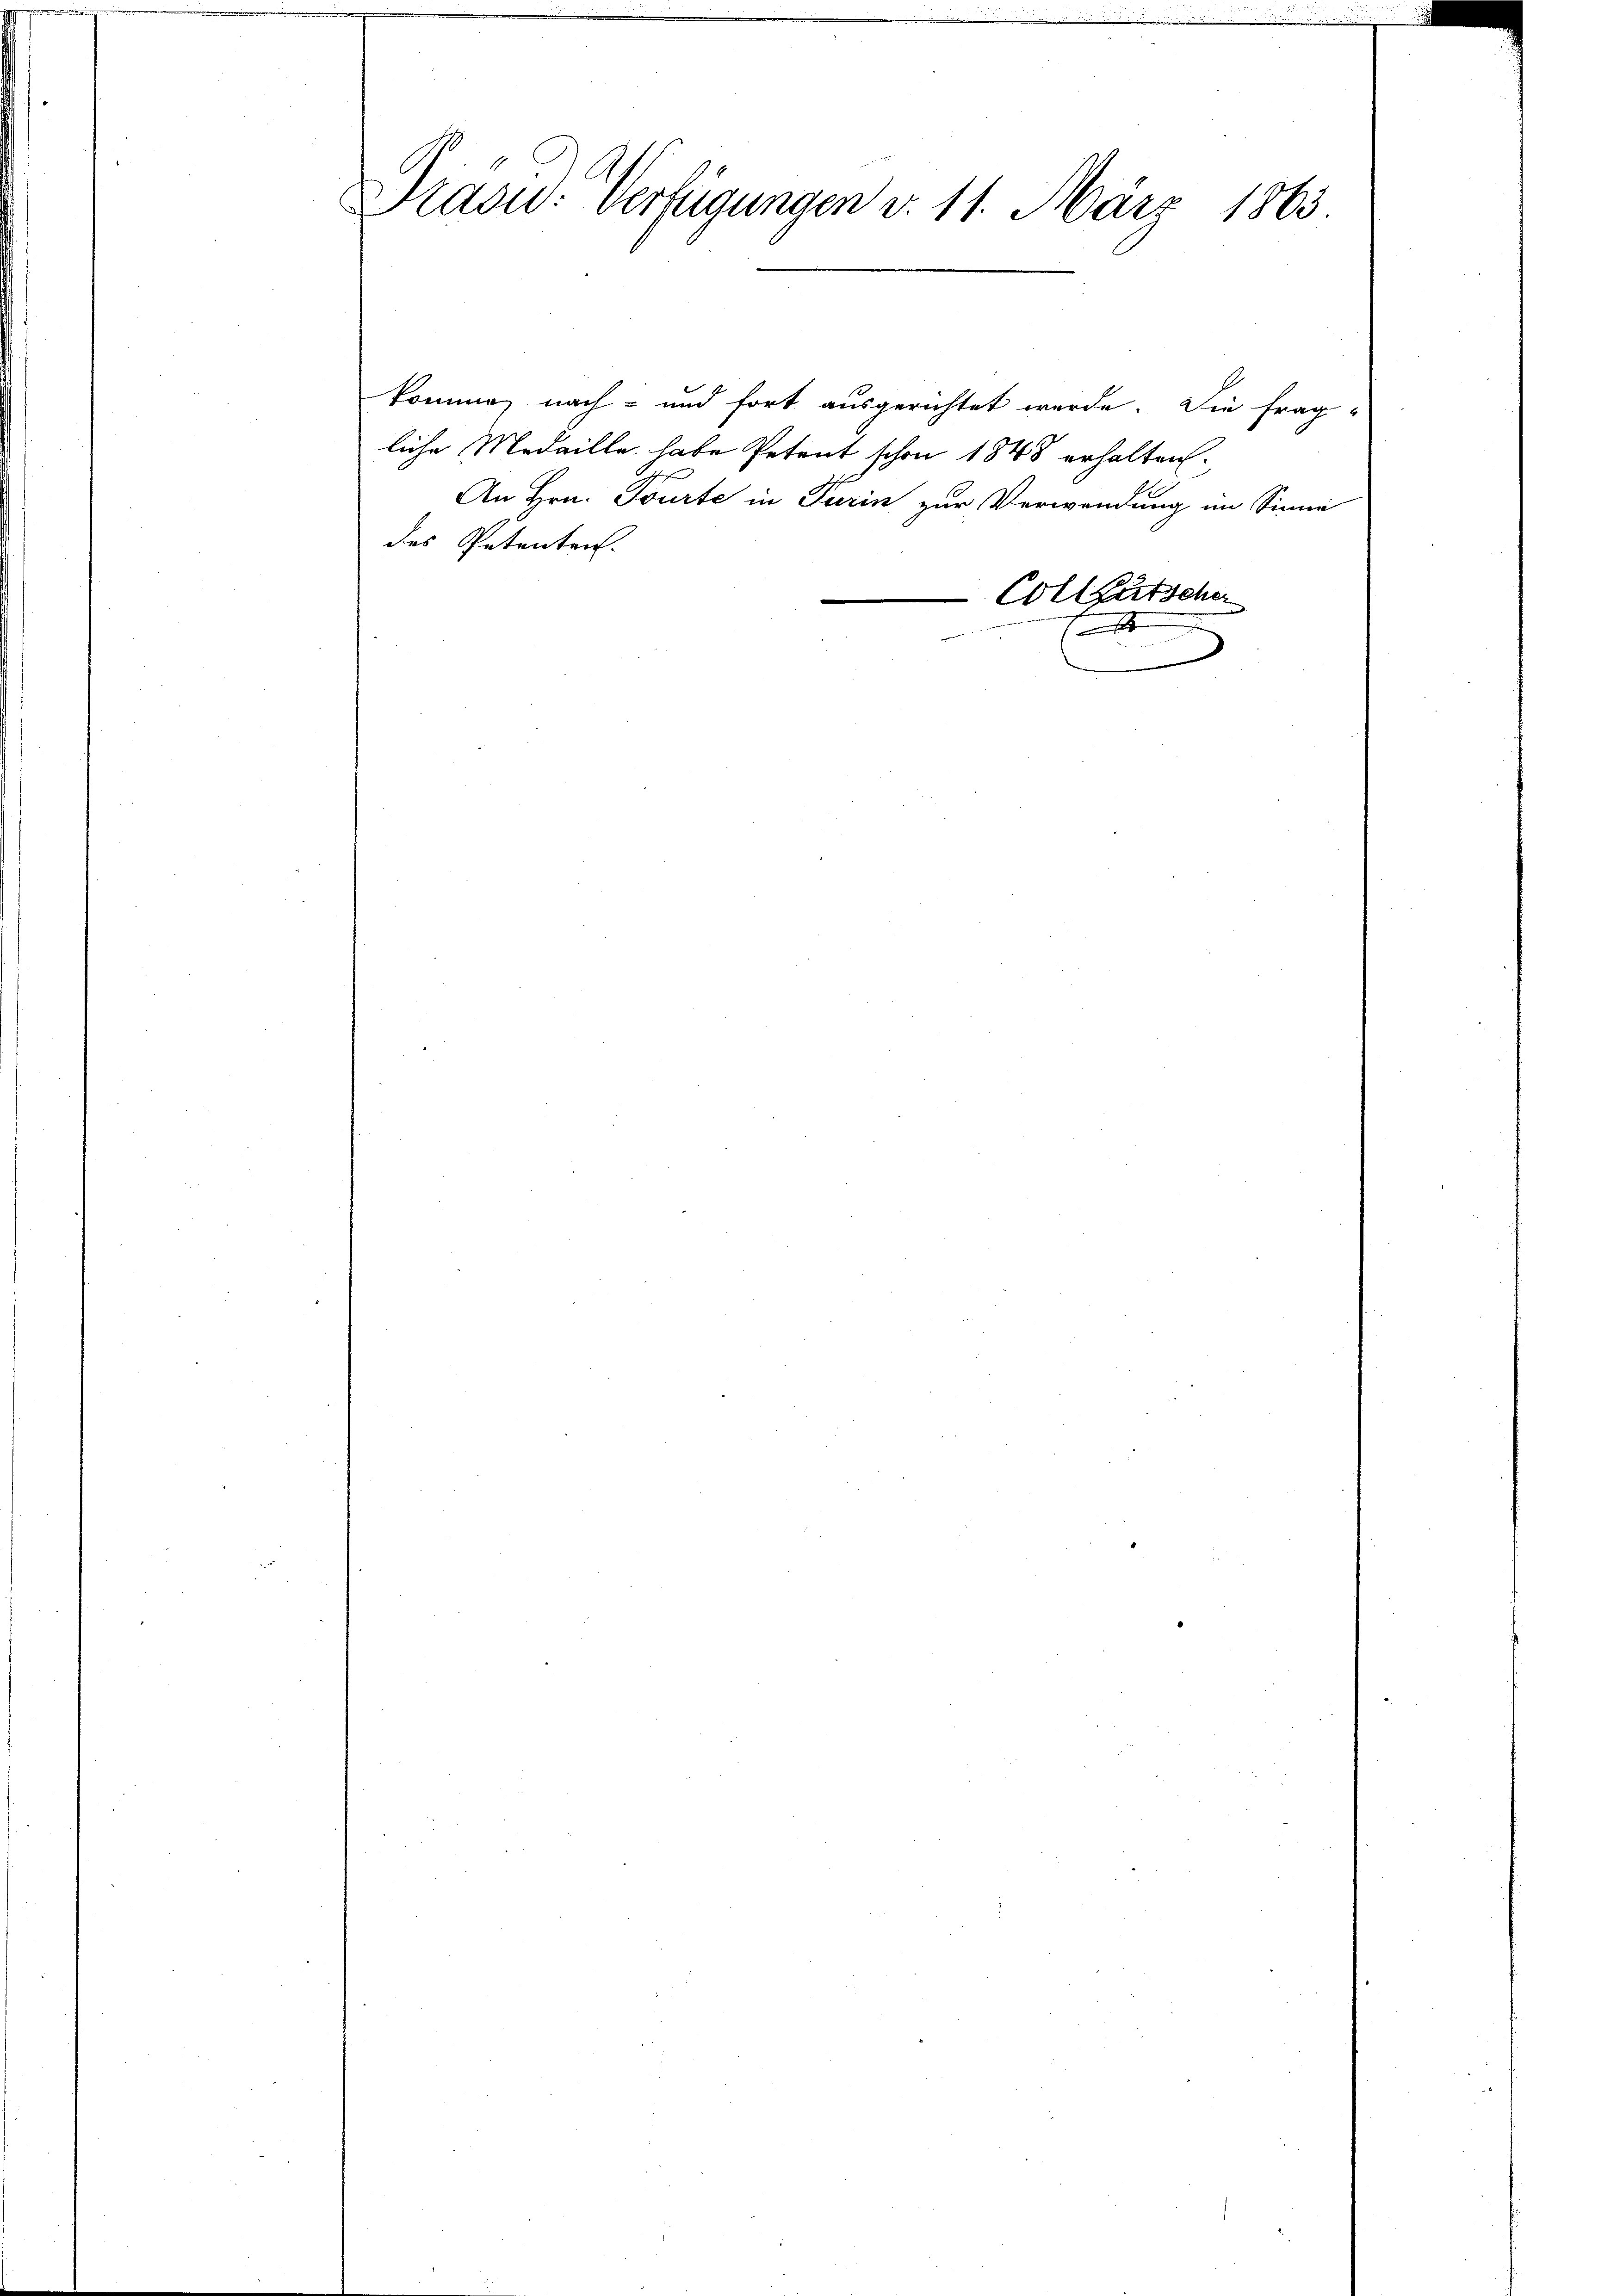
Prasid. Verfügungen v. 11. März 1863

komme nach- und fort ausgerichtet werde. Die Frag-
liche Medaille habe Petent schon 1848 erhalten.
An Hrn. Tourte in Turin zur Verwendung im Sinne
des Petenten.

Collgütsche
a
¬